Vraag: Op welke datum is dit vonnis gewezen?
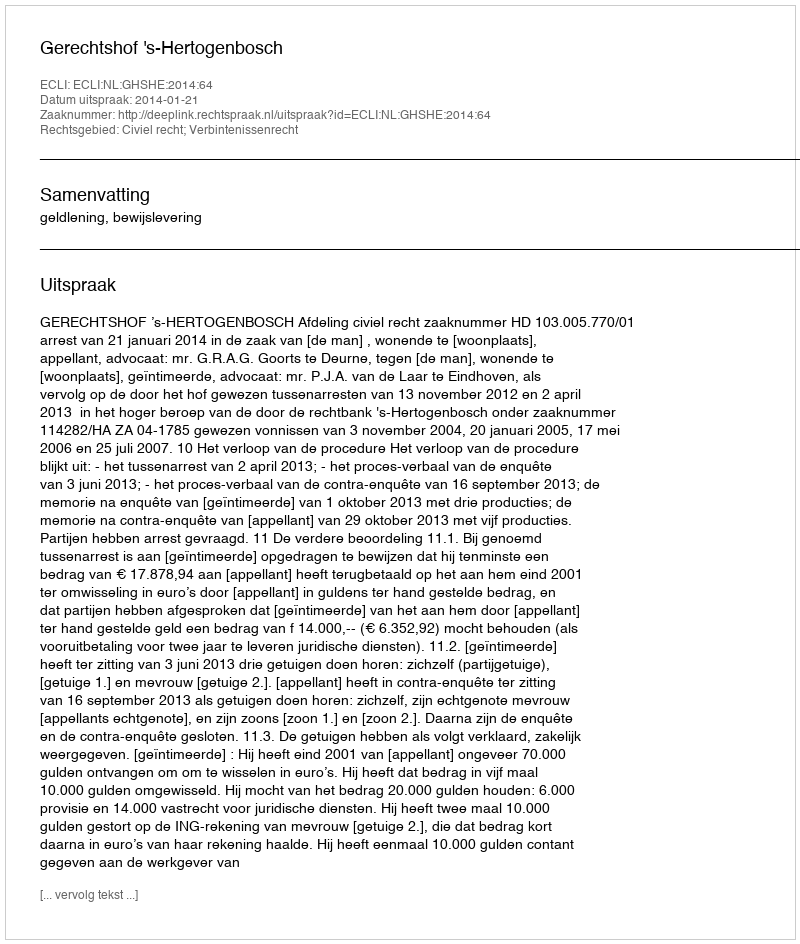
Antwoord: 2014-01-21